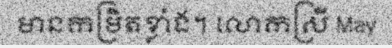
មានកម្រិតខ្លាំង។ លោកស្រី May